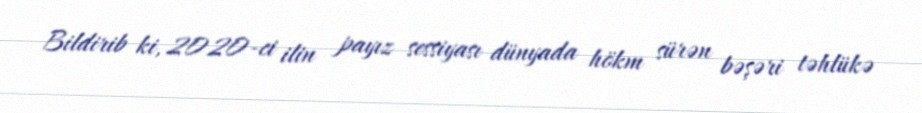
Bildirib ki, 2020-ci ilin payız sessiyası dünyada hökm sürən bəşəri təhlükə